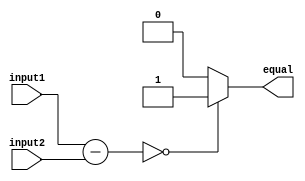
module Equality_Comparator (
    input [7:0] input1,
    input [7:0] input2,
    output reg equal
);

reg [7:0] result;

always @(*) begin
    result = input1 - input2;
    if (result == 0) begin
        equal = 1;
    end
    else begin
        equal = 0;
    end
end

endmodule